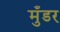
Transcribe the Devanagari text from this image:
मुँडर